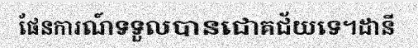
ផែនការណ៍ទទួលបានជោគជ័យទេ។ដានី